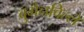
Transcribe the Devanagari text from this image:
बुगैनविल्ले